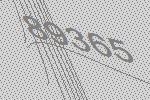
89365